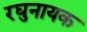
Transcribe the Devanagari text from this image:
रघुनायक